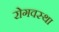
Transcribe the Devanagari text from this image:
रोगवस्था